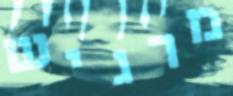
מרגיש